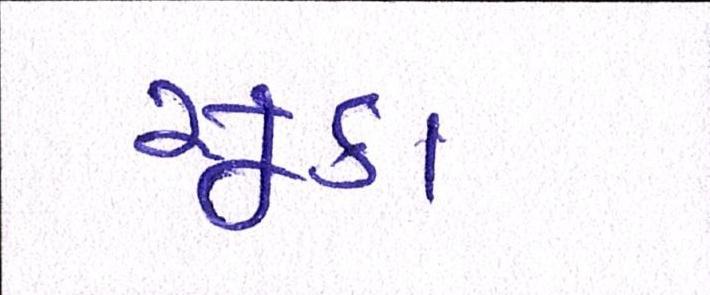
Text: સૂકા